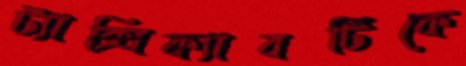
ট্যাক্সিক্যাবটিকে